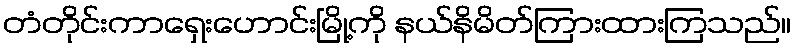
တံတိုင်းကာရှေးဟောင်းမြို့ကို နယ်နိမိတ်ကြားထားကြသည်။